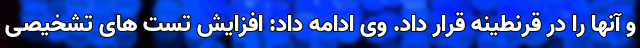
و آنها را در قرنطینه قرار داد. وی ادامه داد: افزایش تست های تشخیصی